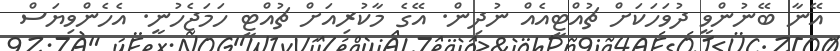
އޭނާ ބޭނުންވީ ދުވަހަކަށް ޗުއްޓީއެއް ނުދިން. އޭގެ މާކުރިއަށް ޗުއްޓީ ހަމަޖެހުނީ. އެހެންވިޔަސް